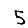
Digit: 5